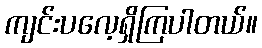
ကျင်းပလေ့ရှိကြပါတယ်။